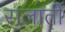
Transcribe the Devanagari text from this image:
सुलाती